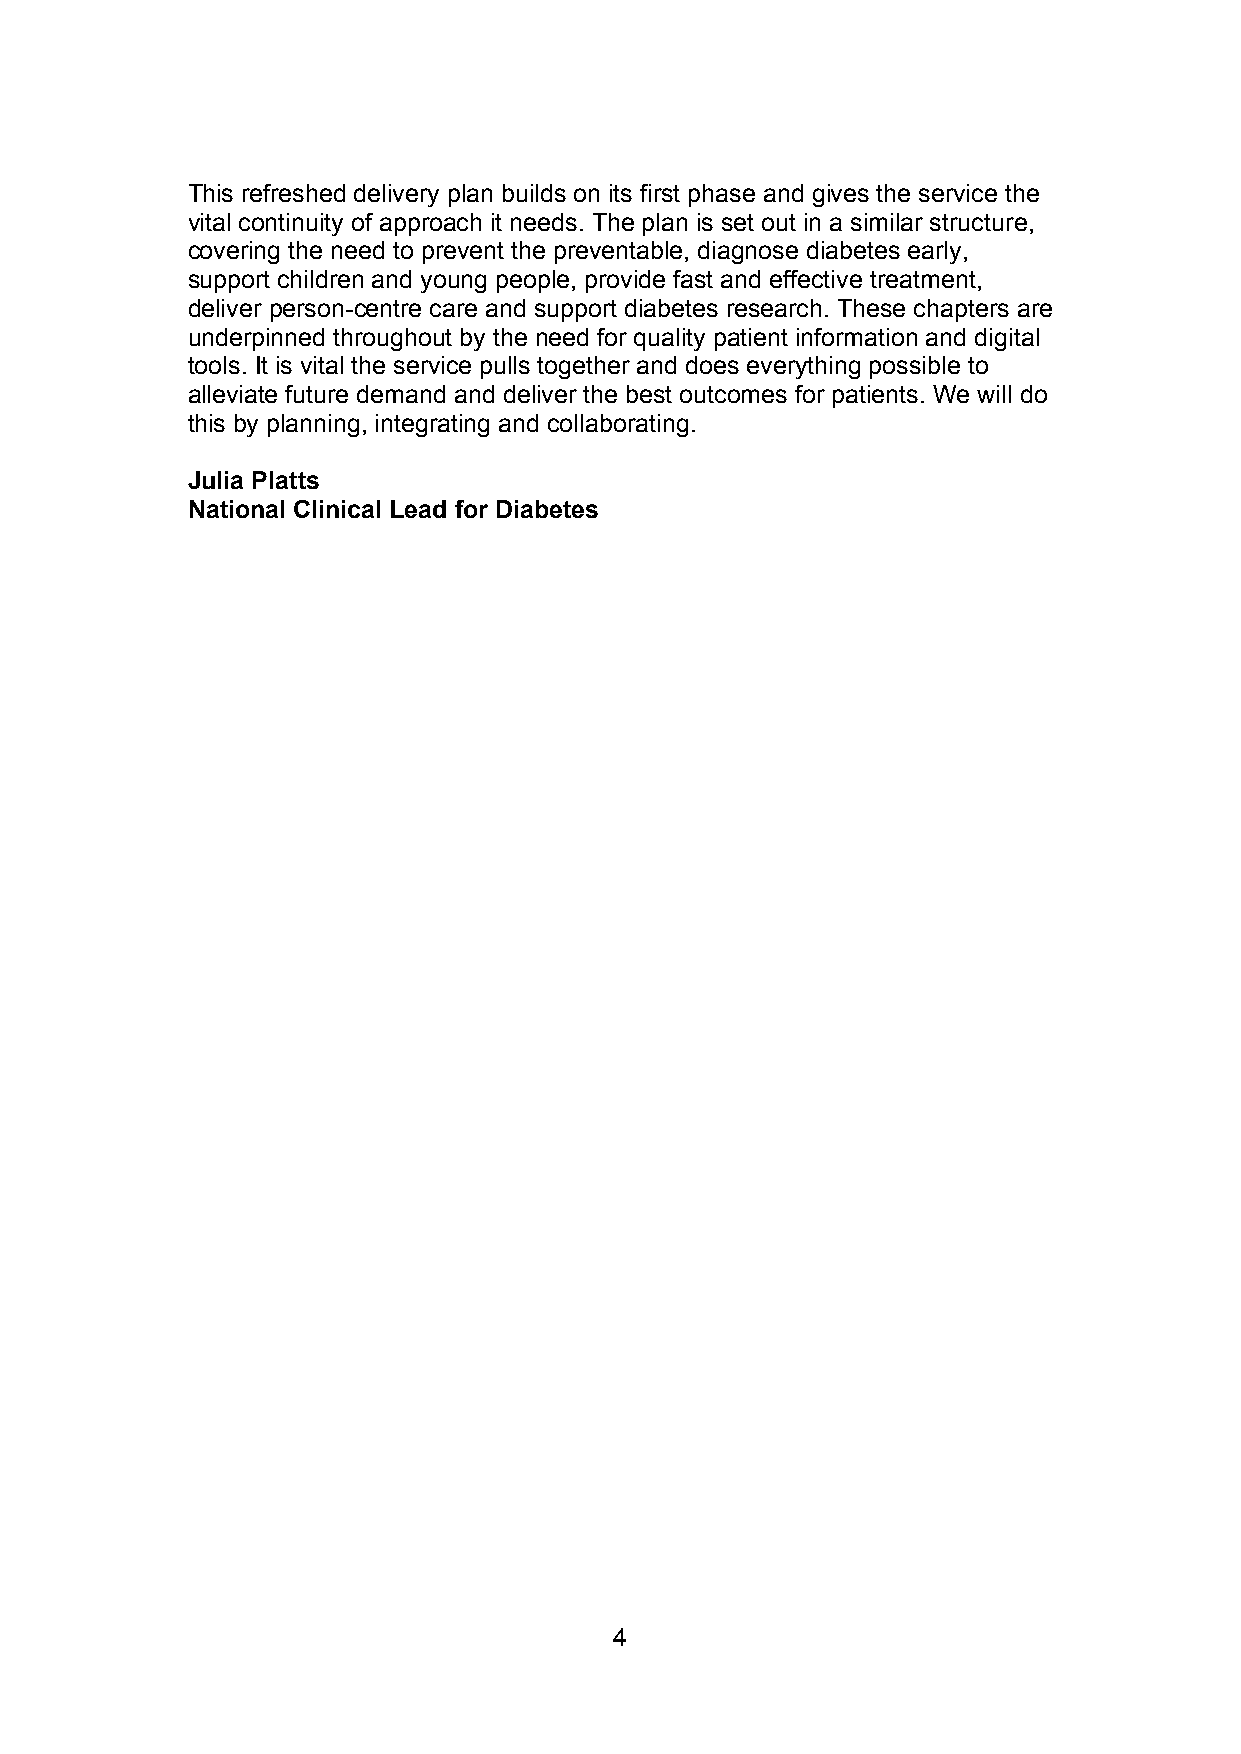
This refreshed delivery plan builds on its first phase and gives the service the
 vital continuity of approach it needs. The plan is set out in a similar structure,
 covering the need to prevent the preventable, diagnose diabetes early,
 support children and young people, provide fast and effective treatment,
 deliver person-centre care and support diabetes research. These chapters are
 underpinned throughout by the need for quality patient information and digital
 tools. It is vital the service pulls together and does everything possible to
 alleviate future demand and deliver the best outcomes for patients. We will do
 this by planning, integrating and collaborating.
 Julia Platts
 National Clinical Lead for Diabetes
 4